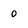
Character: o